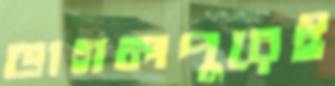
ভাগলপুরেই